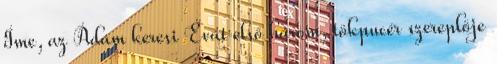
Íme, az Ádám keresi Évát első három, tökpucér szereplője